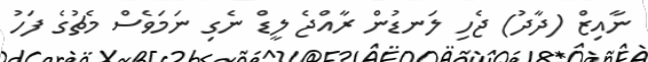
ނާއިޒް (ދާދު) ޖެހި ލަނޑުން ރާއްޖެ ލީޑް ނެގި ނަމަވެސް މެޗުގެ ފަހު